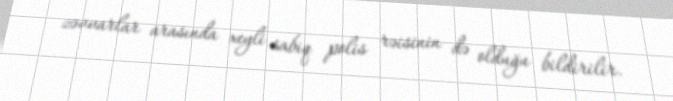
zəvvarlar arasında xeyli sabiq polis rəisinin də olduğu bildirilir.